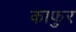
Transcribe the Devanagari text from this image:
काफुर